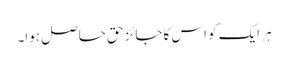
ہر ایک کو اس کا جائز حق حاصل ہوا۔